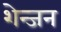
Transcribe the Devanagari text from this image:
शेन्जन